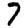
Digit: 7